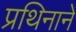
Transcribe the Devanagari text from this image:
प्रथिनाने